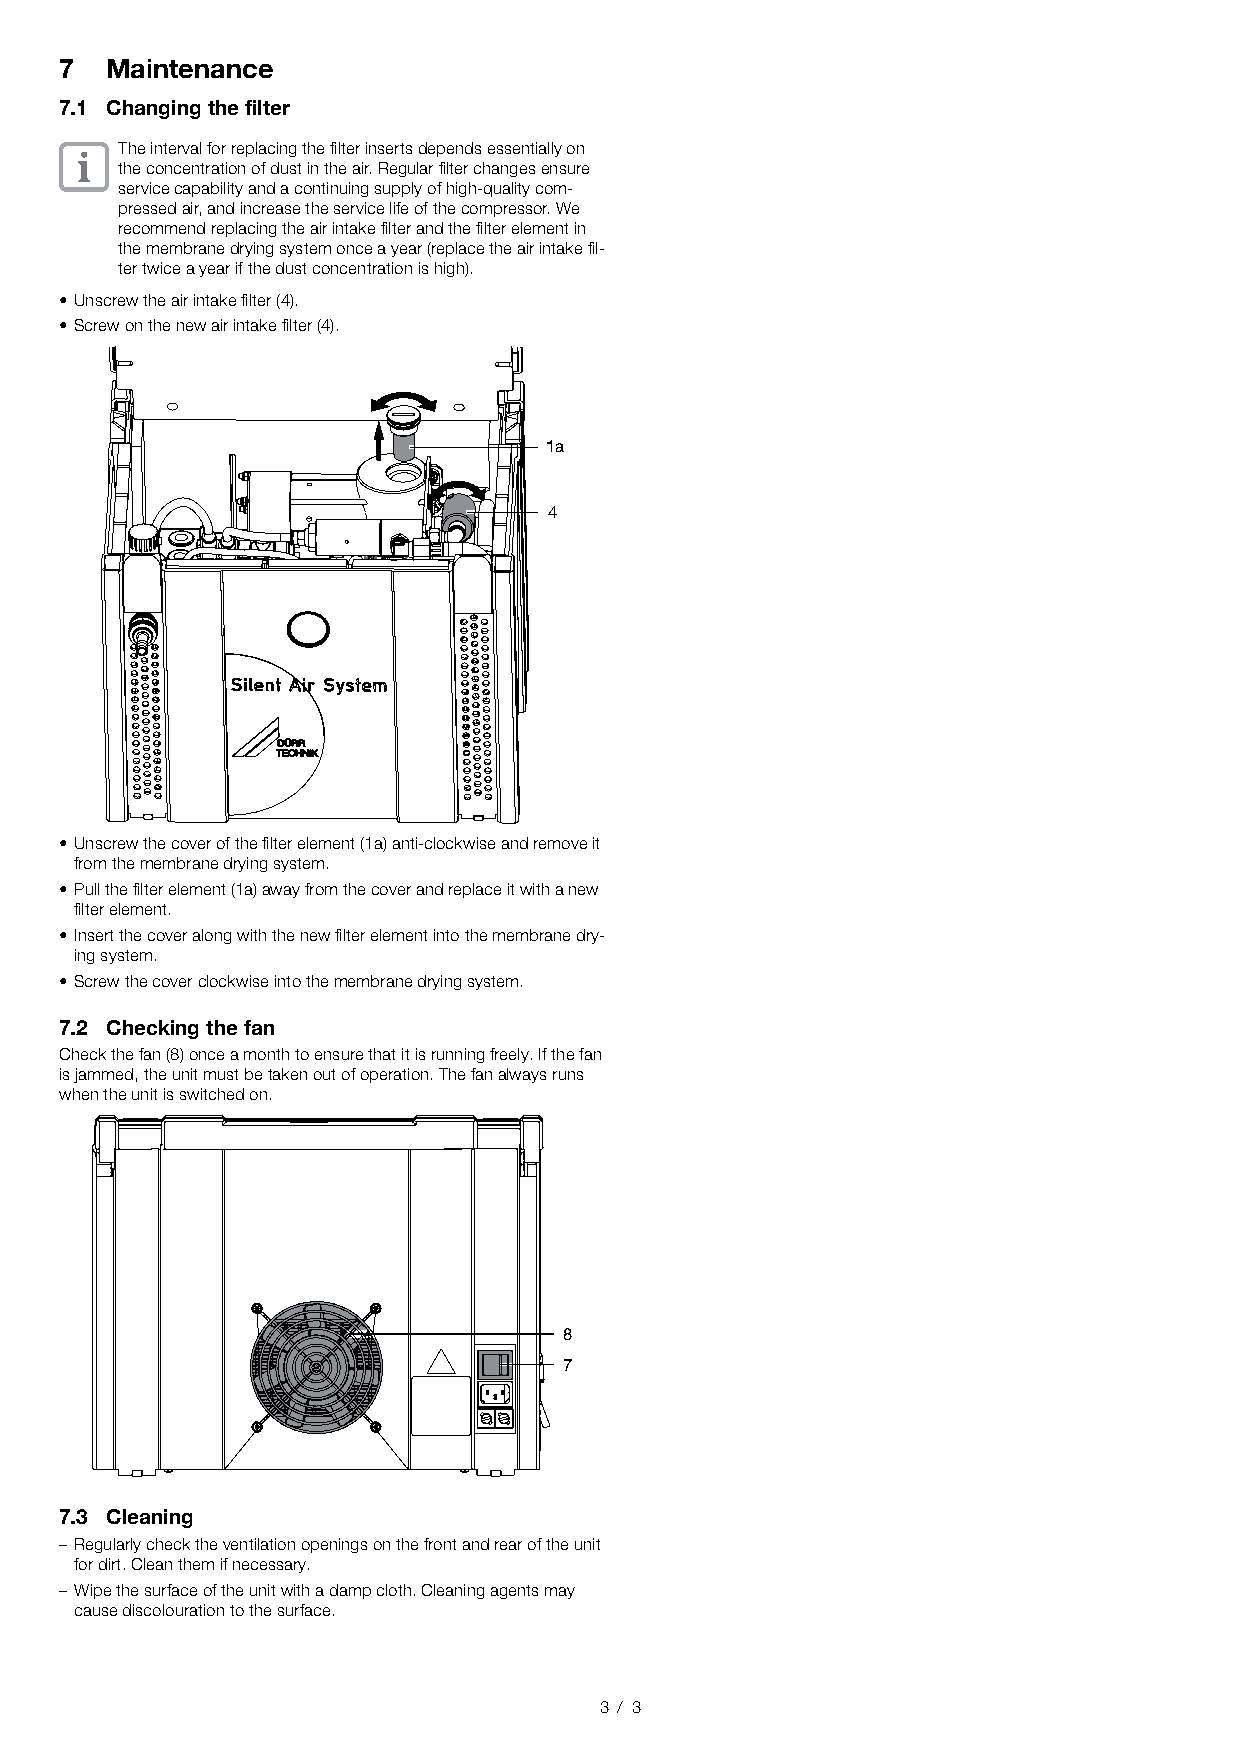
7  Maintenance
 7.1 Changing the filter
 The interval for replacing the filter inserts depends essentially on
 the concentration of dust in the air. Regular filter changes ensure
 service capability and a continuing supply of high-quality com-
 pressed air, and increase the service life of the compressor. We
 recommend replacing the air intake filter and the filter element in
 the membrane drying system once a year (replace the air intake fil-
 ter twice a year if the dust concentration is high).
 • Unscrew the air intake filter (4).
 • Screw on the new air intake filter (4).
 1a
 4
 • Unscrew the cover of the filter element (1a) anti-clockwise and remove it
 from the membrane drying system.
 • Pull the filter element (1a) away from the cover and replace it with a new
 filter element.
 • Insert the cover along with the new filter element into the membrane dry-
 ing system.
 • Screw the cover clockwise into the membrane drying system.
 7.2 Checking the fan
 Check the fan (8) once a month to ensure that it is running freely. If the fan
 is jammed, the unit must be taken out of operation. The fan always runs
 when the unit is switched on.
 8
 7
 7.3 Cleaning
 – Regularly check the ventilation openings on the front and rear of the unit
 for dirt. Clean them if necessary.
 – Wipe the surface of the unit with a damp cloth. Cleaning agents may
 cause discolouration to the surface.
 3 / 3